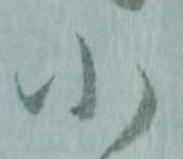
小